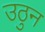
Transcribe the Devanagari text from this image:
उठुन